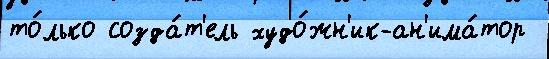
то́лько созда́т'ель худо́жн'ик-ан'има́тор